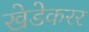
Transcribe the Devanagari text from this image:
खेडेकरर